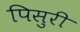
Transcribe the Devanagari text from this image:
पिसुरी